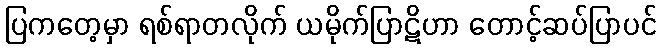
ပြကတေ့မှာ ရစ်ရာတလိုက် ယမိုက်ပြာဋိဟာ တောင့်ဆပ်ပြာပင်